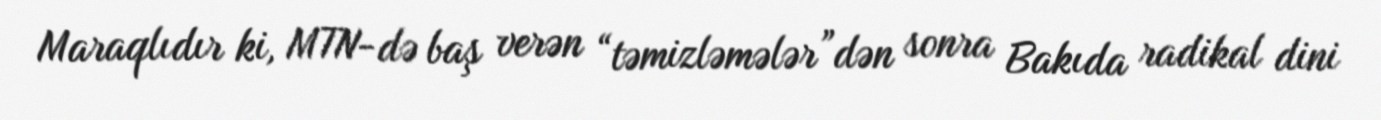
Maraqlıdır ki, MTN-də baş verən “təmizləmələr”dən sonra Bakıda radikal dini